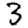
Digit: 3